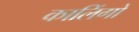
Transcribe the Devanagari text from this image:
कालिंगो